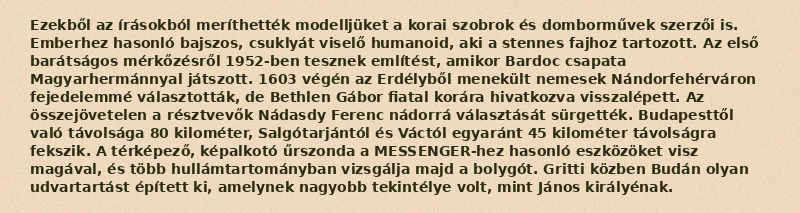
Ezekből az írásokból meríthették modelljüket a korai szobrok és domborművek szerzői is. Emberhez hasonló bajszos, csuklyát viselő humanoid, aki a stennes fajhoz tartozott. Az első barátságos mérkőzésről 1952-ben tesznek említést, amikor Bardoc csapata Magyarhermánnyal játszott. 1603 végén az Erdélyből menekült nemesek Nándorfehérváron fejedelemmé választották, de Bethlen Gábor fiatal korára hivatkozva visszalépett. Az összejövetelen a résztvevők Nádasdy Ferenc nádorrá választását sürgették. Budapesttől való távolsága 80 kilométer, Salgótarjántól és Váctól egyaránt 45 kilométer távolságra fekszik. A térképező, képalkotó űrszonda a MESSENGER-hez hasonló eszközöket visz magával, és több hullámtartományban vizsgálja majd a bolygót. Gritti közben Budán olyan udvartartást épített ki, amelynek nagyobb tekintélye volt, mint János királyénak.